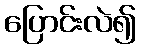
ပြောင်းလဲ၍